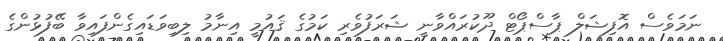
ނަމަވެސް އޮފިޝަލް ޕާސްޕޯޓް ދޫކުރައްވާނީ ޝަރަފުވެރި ކަމުގެ ޤައުމީ އިނާމު ލިބިވަޑައިގެންފައިވާ ބޭފުޅުންގެ